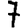
Digit: 7